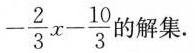
- \frac { 2 } { 3 } x - \frac { 1 0 } { 3 }$$ 的解集.